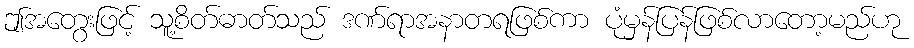
ဤအတွေးဖြင့် သူ့စိတ်ဓာတ်သည် ဒဏ်ရာအနာတရဖြစ်ကာ ပုံမှန်ပြန်ဖြစ်လာတော့မည်ဟု